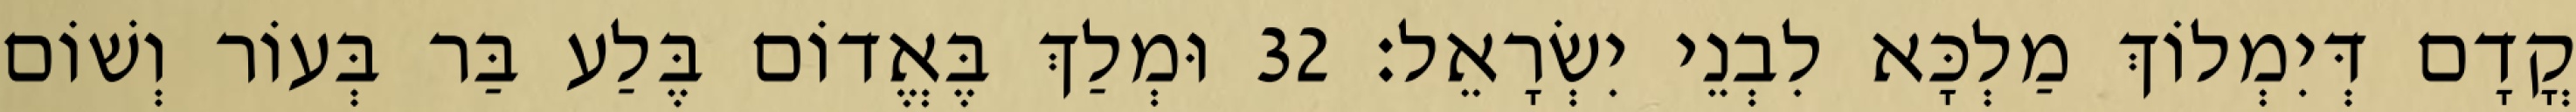
קֳדָם דְּיִמְלוֹךְ מַלְכָּא לִבְנֵי יִשְׂרָאֵל׃ 32 וּמְלַךְ בֶּאֱדוֹם בֶּלַע בַּר בְּעוֹר וְשׁוֹם